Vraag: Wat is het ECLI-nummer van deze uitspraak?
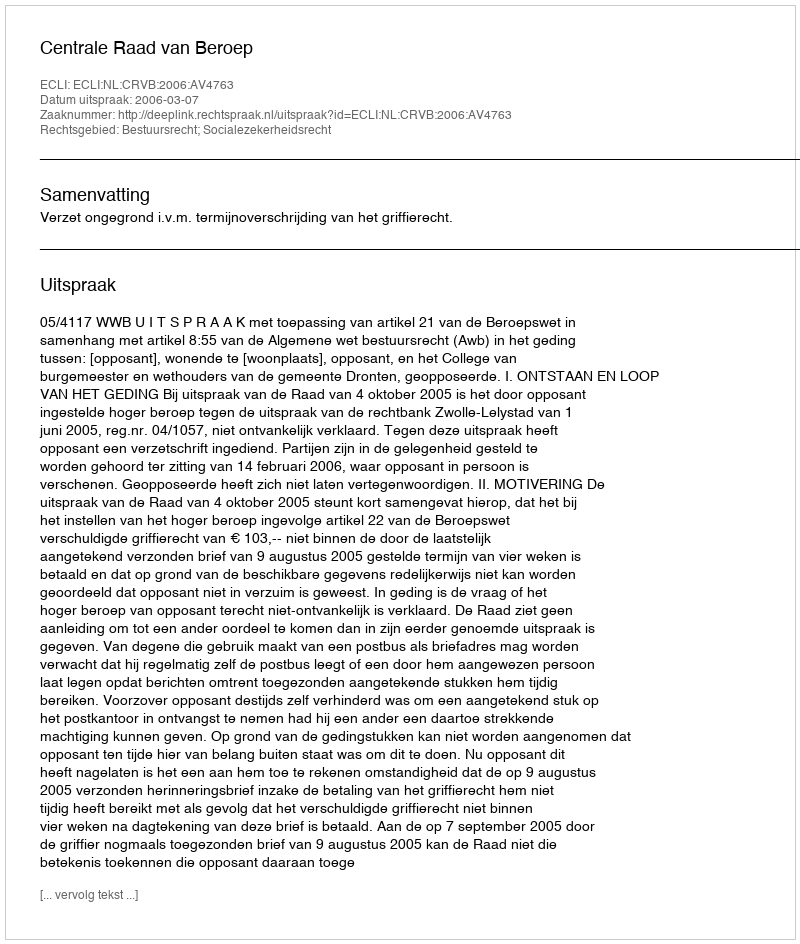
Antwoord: ECLI:NL:CRVB:2006:AV4763